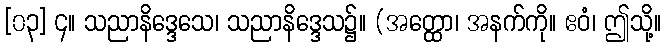
[၀၃] ၄။ သညာနိဒ္ဒေသေ၊ သညာနိဒ္ဒေသ၌။ (အတ္ထော၊ အနက်ကို။ ဧဝံ၊ ဤသို့။